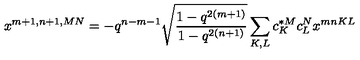
x ^ { m + 1 , n + 1 , M N } = - q ^ { n - m - 1 } \sqrt { \frac { 1 - q ^ { 2 ( m + 1 ) } } { 1 - q ^ { 2 ( n + 1 ) } } } \sum _ { K , L } c _ { K } ^ { * M } c _ { L } ^ { N } x ^ { m n K L }